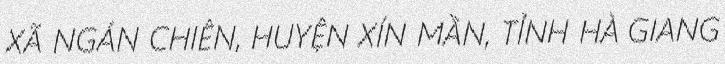
XÃ NGÁN CHIÊN, HUYỆN XÍN MẦN, TỈNH HÀ GIANG